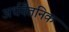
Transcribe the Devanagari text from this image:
अर्धवैतनिक